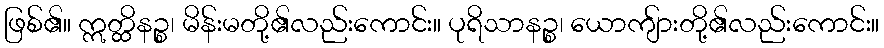
ဖြစ်၏။ ဣတ္ထိနဉ္စ၊ မိန်းမတို့၏လည်းကောင်း။ ပုရိသာနဉ္စ၊ ယောကျ်ားတို့၏လည်းကောင်း။